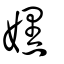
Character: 嫼